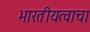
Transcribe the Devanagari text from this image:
भारतीयत्वाचा